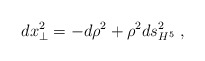
\begin{align*}dx_\perp^2 = -d\rho^2 + \rho^2 ds_{H^5}^2 \; ,\end{align*}